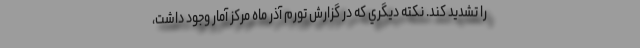
را تشديد كند. نكته ديگري كه در گزارش تورم آذر ماه مركز آمار وجود داشت،